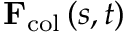
{ \bf F } _ { \mathrm { c o l } } \left( s , t \right)